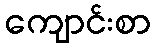
ကျောင်းစာ